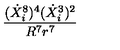
\frac { ( \dot { X } _ { i } ^ { 8 } ) ^ { 4 } ( \dot { X } _ { i } ^ { 3 } ) ^ { 2 } } { R ^ { 7 } r ^ { 7 } }